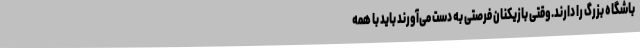
باشگاه بزرگ را دارند.وقتی بازیکنان فرصتی به دست می‌آورند باید با همه